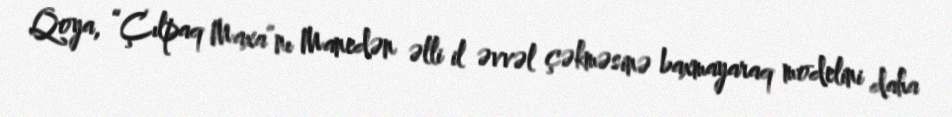
Qoya, “Çılpaq Maxa”nı Manedən əlli il əvvəl çəkməsinə baxmayaraq modelini daha